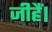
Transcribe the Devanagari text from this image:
जीहैं।